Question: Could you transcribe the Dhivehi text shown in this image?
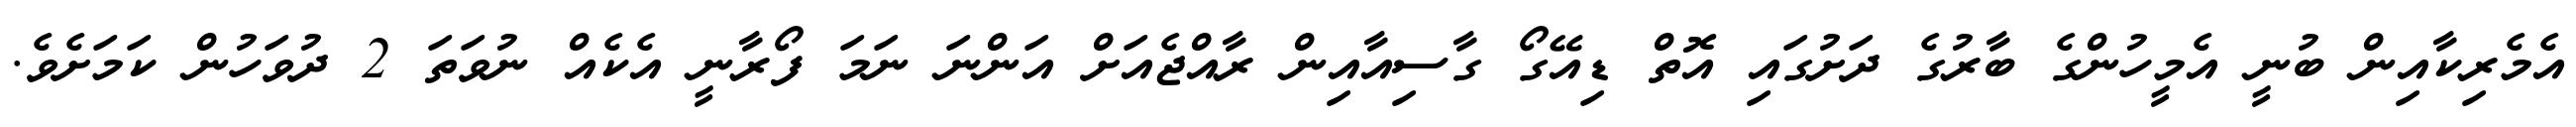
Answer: އެމެރިކާއިން ބުނީ އެމީހުންގެ ބާރުގެ ދަށުގައި އޮތް ޑިއޭގޯ ގާސިއާއިން ރާއްޖެއަށް އަންނަ ނަމަ ފޯރާނީ އެކެއް ނުވަތަ 2 ދުވަހުން ކަމަށެވެ.